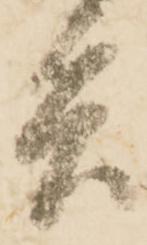
兵